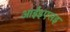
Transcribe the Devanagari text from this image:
आईइएसइ